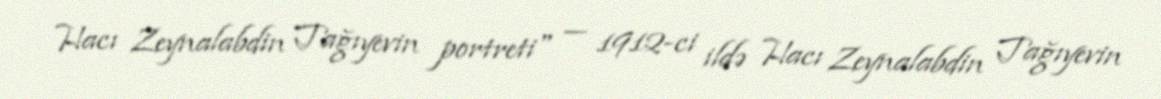
Hacı Zeynalabdin Tağıyevin portreti" — 1912-ci ildə Hacı Zeynalabdin Tağıyevin